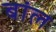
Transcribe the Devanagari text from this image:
बांल